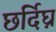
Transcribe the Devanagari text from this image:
छर्दिघ्न